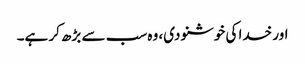
اور خدا کی خوشنودی، وہ سب سے بڑھ کر ہے۔